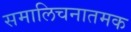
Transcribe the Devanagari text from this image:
समालिचनातमक